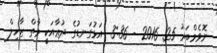
ނޮވެމްބަރު 25